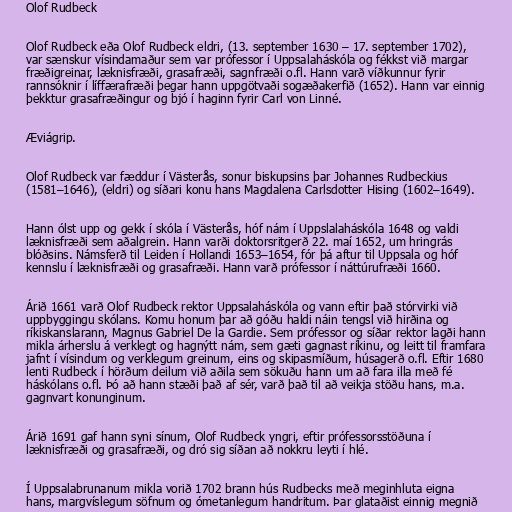
Olof Rudbeck

Olof Rudbeck eða Olof Rudbeck eldri, (13. september 1630 – 17. september 1702),
var sænskur vísindamaður sem var prófessor í Uppsalaháskóla og fékkst við margar
fræðigreinar, læknisfræði, grasafræði, sagnfræði o.fl. Hann varð víðkunnur fyrir
rannsóknir í líffærafræði þegar hann uppgötvaði sogæðakerfið (1652). Hann var einnig
þekktur grasafræðingur og bjó í haginn fyrir Carl von Linné.

Æviágrip.

Olof Rudbeck var fæddur í Västerås, sonur biskupsins þar Johannes Rudbeckius
(1581–1646), (eldri) og síðari konu hans Magdalena Carlsdotter Hising (1602–1649).

Hann ólst upp og gekk í skóla í Västerås, hóf nám í Uppslalaháskóla 1648 og valdi
læknisfræði sem aðalgrein. Hann varði doktorsritgerð 22. maí 1652, um hringrás
blóðsins. Námsferð til Leiden í Hollandi 1653–1654, fór þá aftur til Uppsala og hóf
kennslu í læknisfræði og grasafræði. Hann varð prófessor í náttúrufræði 1660.

Árið 1661 varð Olof Rudbeck rektor Uppsalaháskóla og vann eftir það stórvirki við
uppbyggingu skólans. Komu honum þar að góðu haldi náin tengsl við hirðina og
ríkiskanslarann, Magnus Gabriel De la Gardie. Sem prófessor og síðar rektor lagði hann
mikla árherslu á verklegt og hagnýtt nám, sem gæti gagnast ríkinu, og leitt til framfara
jafnt í vísindum og verklegum greinum, eins og skipasmíðum, húsagerð o.fl. Eftir 1680
lenti Rudbeck í hörðum deilum við aðila sem sökuðu hann um að fara illa með fé
háskólans o.fl. Þó að hann stæði það af sér, varð það til að veikja stöðu hans, m.a.
gagnvart konunginum.

Árið 1691 gaf hann syni sínum, Olof Rudbeck yngri, eftir prófessorsstöðuna í
læknisfræði og grasafræði, og dró sig síðan að nokkru leyti í hlé.

Í Uppsalabrunanum mikla vorið 1702 brann hús Rudbecks með meginhluta eigna
hans, margvíslegum söfnum og ómetanlegum handritum. Þar glataðist einnig megnið